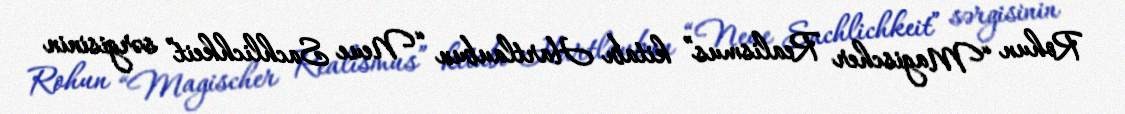
Rohun “Magischer Realismus” kitabı Hartlaubun “Neue Sachlichkeit” sərgisinin